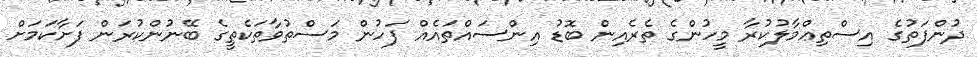
ދުންފަތުގެ އިސްތިޢްމާލުކުރާ މީހުންގެ ތެރެއިން ބޮޑު އިންސައްތައެއް ފަހުން މަސްތުވާތަކެތީގެ ބޭނުންކުރަން ފަށާކަމަށް